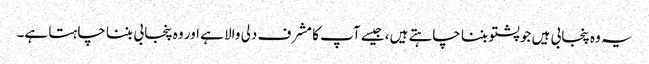
یہ وہ پنجابی ہیں جو پشتو بننا چاہتے ہیں، جیسے آپ کا مشرف دلی والا ہے اور وہ پنجابی بننا چاہتا ہے۔